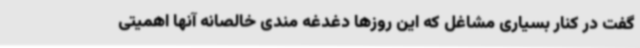
گفت در کنار بسیاری مشاغل که این روزها دغدغه مندی خالصانه آنها اهمیتی